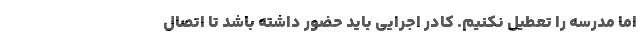
اما مدرسه را تعطیل نکنیم. کادر اجرایی باید حضور داشته باشد تا اتصال